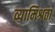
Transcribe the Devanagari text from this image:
व्यामिश्रता